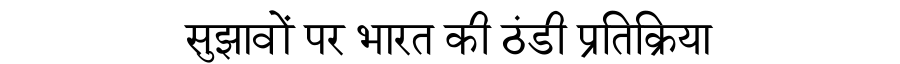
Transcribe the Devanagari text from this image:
सुझावों पर भारत की ठंडी प्रतिक्रिया